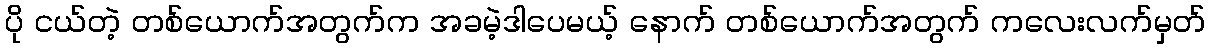
ပို ငယ်တဲ့ တစ်ယောက်အတွက်က အခမဲ့ဒါပေမယ့် နောက် တစ်ယောက်အတွက် ကလေးလက်မှတ်